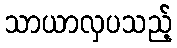
သာယာလှပသည့်